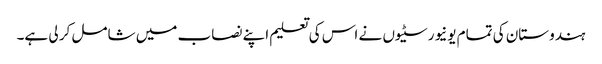
ہندوستان کی تمام یونیورسٹیوں نے اس کی تعلیم اپنے نصاب میں شامل کر لی ہے۔